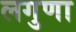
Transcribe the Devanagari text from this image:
लगुणा